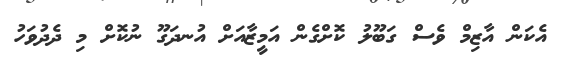
އެކަން އާޒިމް ވެސް ގަބޫލު ކޮށްގެން އަމީޒާއަށް އުނދަގޫ ނުކޮށް މި ދެދުވަހު